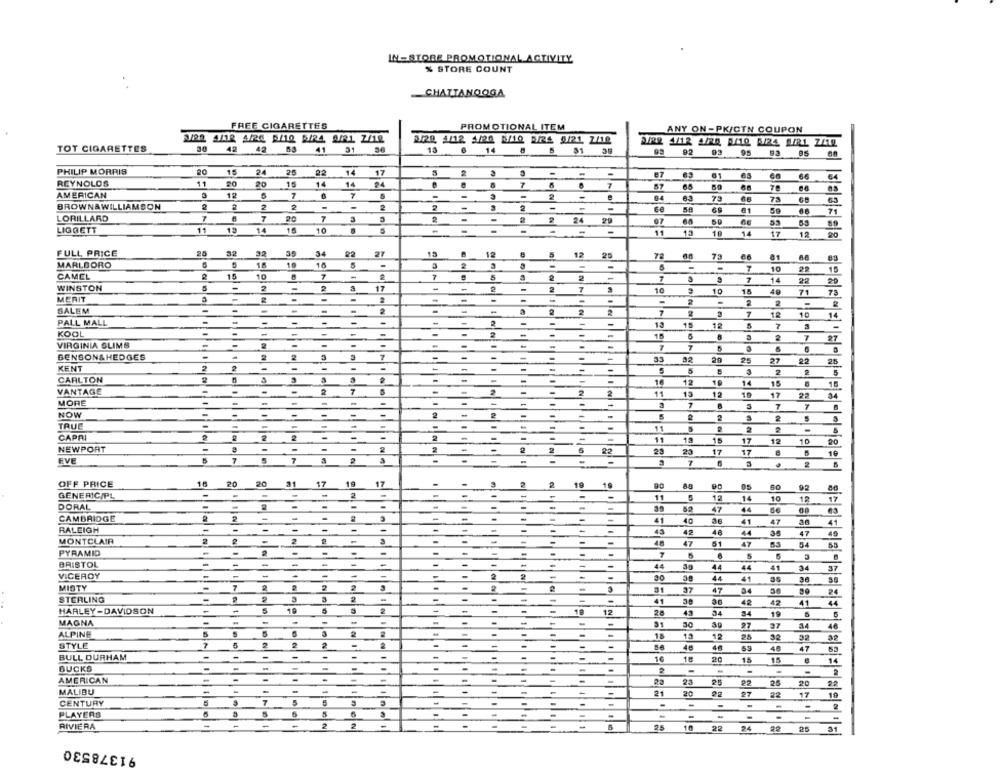
IN-STORE PROMOTIONAL ACTIVITY
% STORE COUNT
CHATTANOOGA
FREE CIGARETTES
PROMOTIONAL ITEM
ANY ON -PK/CTN COUPON
3/22. 4/12 4/24 5/10 5/24 S/R1 2/12
3/20 4/12 1/20 5/12 5/24 5/21 2/12
TOT CIGARETTES
42
42 63
41
31 56
13
14
51 39
92
03
95
9.3
95
PHILIP MORRIS
24
25
22
14
17
2
-
87
6,3
61
66
64
REYNOLDS
11
20
16
14
14
24
7
7
57
65
78
AMERICAN
12
7
-
-
-
2
94
8.3
73
73
65
BROWN&WILLIAMSON
2
-
-
2
-
-
58
69
61
71
LORILLARD
7
20
-
3
2
24
29
07
LIGGETT
11
12
14
15
10
5
-
-
11
13
18
14
17
12
20
FULL PRICE
20
32
32
34
22
27
13
8
5
12
25
73
81
MARLBORO
18
10
10
-
7
10
22
15
CAMEL
15
10
7
-
2
2
-
7
14
20
WINSTON
-
2
-
-
22
2
17
-
2
-
2
7
10
10
15
49
71
73
MERIT
-
-
-
-
-
-
2
-
2
2
SALEM
-
-
-
-
-
-
2
2
7
2
7
12
10
14
PALL MALL
-
-
-
.
-
-
-
-
-
-
13
15
18
5
7
3
-
KOOL
-
-
-
-
-
-
-
-
-
5
2
7
27
VIRGINIA GLIMS
-
-
-
-
-
-
-
7
5
BENSON& HEDGES
-
2
2
7
-
-
-
-
33
29
25
27
22
25
KENT
-
-
-
-
-
-
-
5
3
2
2
5
CARLTON
-
-
-
-
12
14
15
15
VANTAGE
-
2
-
-
-
2
2
11
13
12
19
17
22
34
MORE
-
-
-
-
-
-
-
-
7
7
NOW
2
2
TRUE
11
5
2
-
5
CAPRI
11
15
17
12
10
20
NEWPORT
-
2
23
17
22
17
10
EVE
-
2
OFF PRICE
17
17
19
88
92
GENERIC/PL
11
86
5
12
14
10
12
17
DORAL
52
47
44
CAMBRIDGE
-
41
40
41
47
41
RALEIGH
-
43
42
48
44
35
47
49
MONTCLAIR
2
2
-
48
47
51
47
54
55
PYRAMID
-
7
6
5
5
BRISTOL
-
-
-
44
44
44
41
34
37
VICEROY
-
-
30
44
41
36
MISTY
7
2
2
31
37
47
84
24
STERLING
3
2
41
42
42
41
44
HARLEY-DAVIDSON
-
2
19
12
28
43
34
19
MAGNA
-
51
30
27
37
34
46
ALPINE
18
13
12
25
32
32
STYLE
5
56
48
46
53
48
47
63
BULL DURHAM
-
16
18
20
15
15
14
BUCKS
-
AMERICAN
-
-
23
25
20
MALIBU
-
-
22
=
-
21
20
22
22
17
19
CENTURY
7
-
PLAYERS
5
RIVIERA
-
-
25
22
24
25
31
91378530